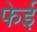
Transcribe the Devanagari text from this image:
फेई